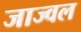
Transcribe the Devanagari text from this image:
जाज्वल